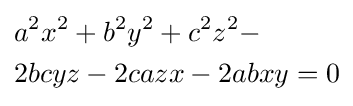
{\begin{aligned}&a^{2}x^{2}+b^{2}y^{2}+c^{2}z^{2}-\\&2bcyz-2cazx-2abxy=0\end{aligned}}